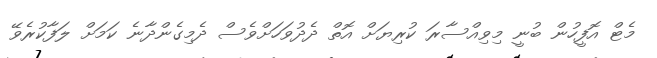
މެޓް އޮފީހުން ބުނީ މިވިއްސާރަ ކުރިޔަށް އޮތް ދެދުވަހަށްވެސް ދެމިގެންދާނެ ކަމަށް ލަފާކުރެވޭ